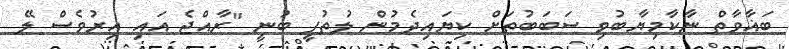
ބަޣާވާތް ނާކާމިޔާބުވި ސަބަބުތަށް ކިޔައިދެމުން ލުތުފީ ބުނީ "ރާއްޖެ އައި އިރުވެސް ލޭ